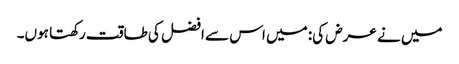
میں نے عرض کی: میں اس سے افضل کی طاقت رکھتا ہوں۔